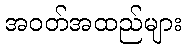
အဝတ်အထည်များ